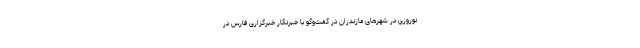
نوروزی در شهرهای مازندران در گفت‌وگو با خبرنگار خبرگزاری فارس در